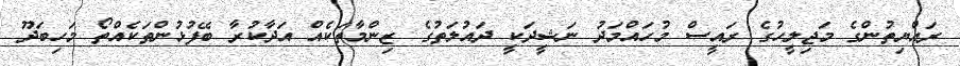
ރައްޔިތުންގެ މަޖިލީހުގެ ރައީސް މުހައްމަދު ނަޝީދަކީ ދައުލަތުގެ ޒިންމާތަކެއް އަދާކުރާ ބޭފުޅުންތަކެއްތޯ މަހިބަދޫ